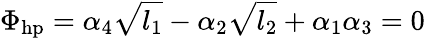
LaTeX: \Phi_{\mathrm{hp}}=\alpha_{4}\sqrt{l_{1}}-\alpha_{2}\sqrt{l_{2}}+\alpha_{1}\alpha_{3}=0